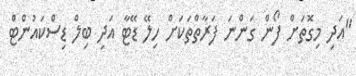
"އަދި މިގޮތަށް ފޯން ގަންނަ ފަރާތްތަކަށް ހިލޭ ޑޭޓާ އަދި ބިލް ޑިސްކައުންޓް